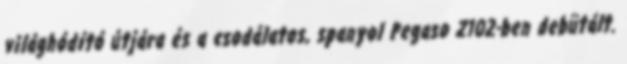
világhódító útjára és a csodálatos, spanyol Pegaso Z102-ben debütált.